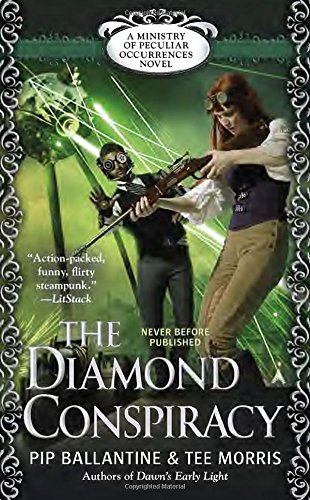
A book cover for The Diamond Conspiracy: A Ministry of Peculiar Occurrences Novel (A Peculiar Occurrences Novel); Philippa Ballantine; Science Fiction & Fantasy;